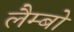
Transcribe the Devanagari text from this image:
लैम्बो